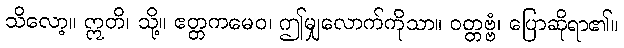
သိလော့။ ဣတိ၊ သို့။ ဧတ္တကမေဝ၊ ဤမျှလောက်ကိုသာ။ ဝတ္တဗ္ဗံ၊ ပြောဆိုရာ၏။